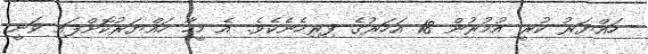
ހައްޔަރު ކުރީ އުމުރުން 18 އަހަރުގެ ފިރިހެނެކެވެ. އެ މީހާ ހައްޔަރުކޮށްފައި ވަނީ